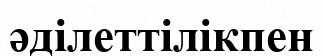
әділеттілікпен